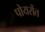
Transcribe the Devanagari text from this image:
पोयरोंत